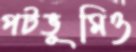
পটভূমিও